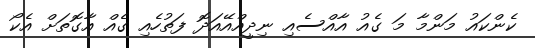
ކެންކައު މަންމާ މަ ގެއު އާއްސެއި ނިދީއްއޭއަދޮ ފަތުހެއި ގެއް އާގޮތަށް އެކޯ